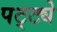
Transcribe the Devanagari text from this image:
पट्ट्ये